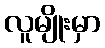
လူမျိုးမှာ